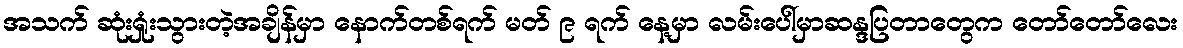
အသက် ဆုံးရှုံးသွားတဲ့အချိန်မှာ နောက်တစ်ရက် မတ် ၉ ရက် နေ့မှာ လမ်းပေါ်မှာဆန္ဒပြတာတွေက တော်တော်လေး